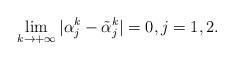
LaTeX: \begin{align*}\lim_{k\to +\infty}|\alpha^k_j - \tilde{\alpha}^k_j| = 0, j = 1, 2.\end{align*}